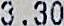
3.30